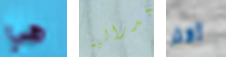
هي فدرالية أكثر